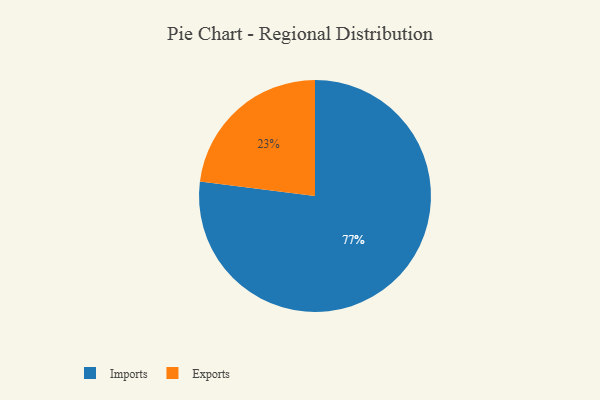
{"axis": {"x": "Category", "y": "Percentage"}, "legend": ["Exports", "Imports"], "data": [{"x": "Exports", "y": 23, "type": "Exports"}, {"x": "Imports", "y": 77, "type": "Imports"}]}